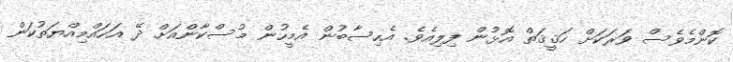
ކޮންމެވެސް ވަރަކަށް ހަޤީޤަތް އޮޅުން ފިލިއެވެ. އެހިސާބުން އެމީހުން މުސްކާންއަށް ދޭ އަހައްމިއްޔަތުކަން